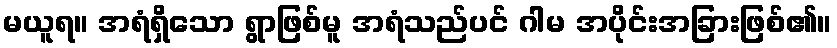
မယူရ။ အရံရှိသော ရွာဖြစ်မူ အရံသည်ပင် ဂါမ အပိုင်းအခြားဖြစ်၏။